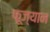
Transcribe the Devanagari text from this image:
फूज्यान